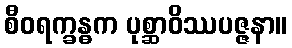
စီဝရက္ခန္ဓက ပုစ္ဆာဝိဿပဇ္ဇနာ။